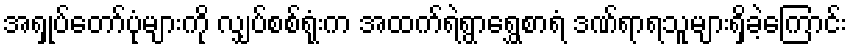
အရှုပ်တော်ပုံများကို လျှပ်စစ်ရုံးက အထက်ရဲရွာရွှေစာရံ ဒဏ်ရာရသူများရှိခဲ့ကြောင်း